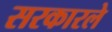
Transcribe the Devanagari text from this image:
सरकारले